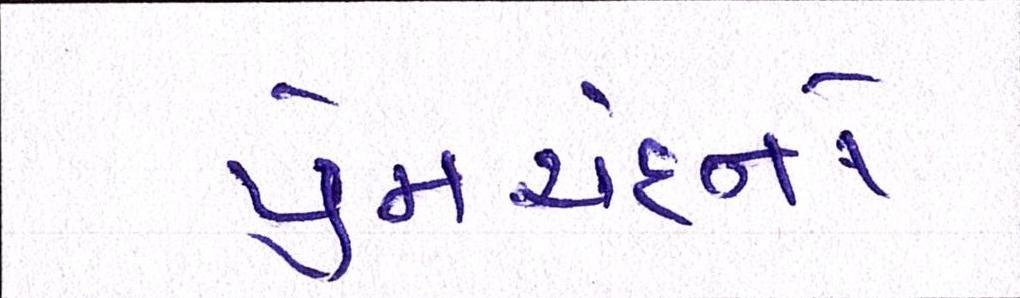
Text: પ્રેમચંદનો